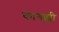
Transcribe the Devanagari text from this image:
कागझी